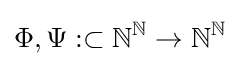
\Phi ,\Psi :\subset \mathbb {N} ^{\mathbb {N} }\to \mathbb {N} ^{\mathbb {N} }